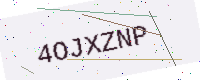
Text: 4OJXZNP